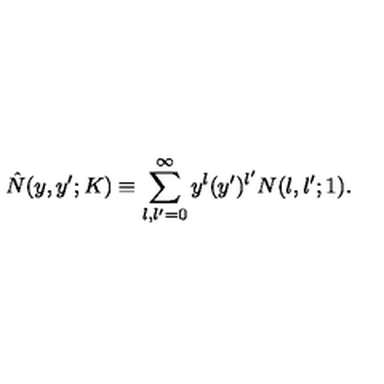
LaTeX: \hat { N } ( y , y ^ { \prime } ; K ) \equiv \sum _ { l , l ^ { \prime } = 0 } ^ { \infty } y ^ { l } ( y ^ { \prime } ) ^ { l ^ { \prime } } N ( l , l ^ { \prime } ; 1 ) .